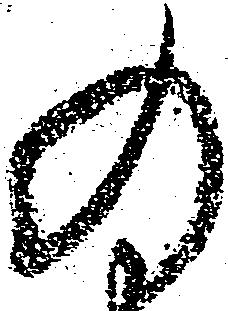
の